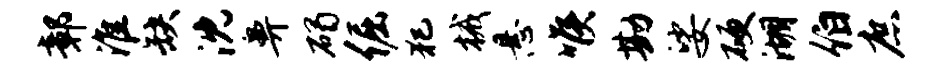
鄣淮缺沈鼻碣倔犯械悬喉勘娑硬湖伯庶